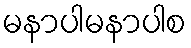
မနာပါမနာပါစ